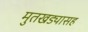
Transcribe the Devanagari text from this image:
मुतखड्यासह